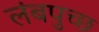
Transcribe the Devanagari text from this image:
लंबपुच्छ